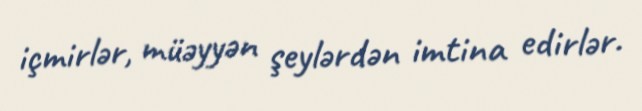
içmirlər, müəyyən şeylərdən imtina edirlər.